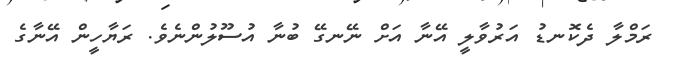
ރަމްލާ ދެކޮނޑު އަރުވާލީ އޭނާ އަށް ނޭނގޭ ބުނާ އުސޫލުންނެވެ. ރަޔާހީން އޭނާގެ